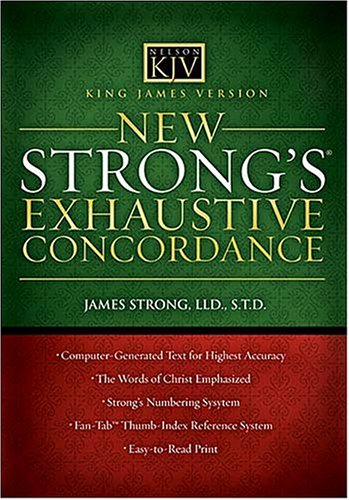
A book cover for King James Version  New Strong's Exhaustive Concordance; James Strong; Christian Books & Bibles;